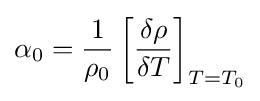
\alpha _{0}={\frac {1}{\rho _{0}}}\left[{\frac {\delta \rho }{\delta T}}\right]_{T=T_{0}}